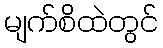
မျက်စိထဲတွင်